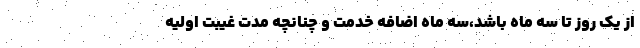
از یک روز تا سه ماه باشد،سه ماه اضافه خدمت و چنانچه مدت غیبت اولیه